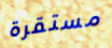
مستقرة